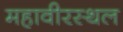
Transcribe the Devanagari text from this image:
महावीरस्थल